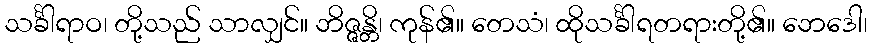
သင်္ခါရာဝ၊ တို့သည် သာလျှင်။ ဘိဇ္ဇန္တိ၊ ကုန်၏။ တေသံ၊ ထိုသင်္ခါရတရားတို့၏။ ဘေဒေါ၊